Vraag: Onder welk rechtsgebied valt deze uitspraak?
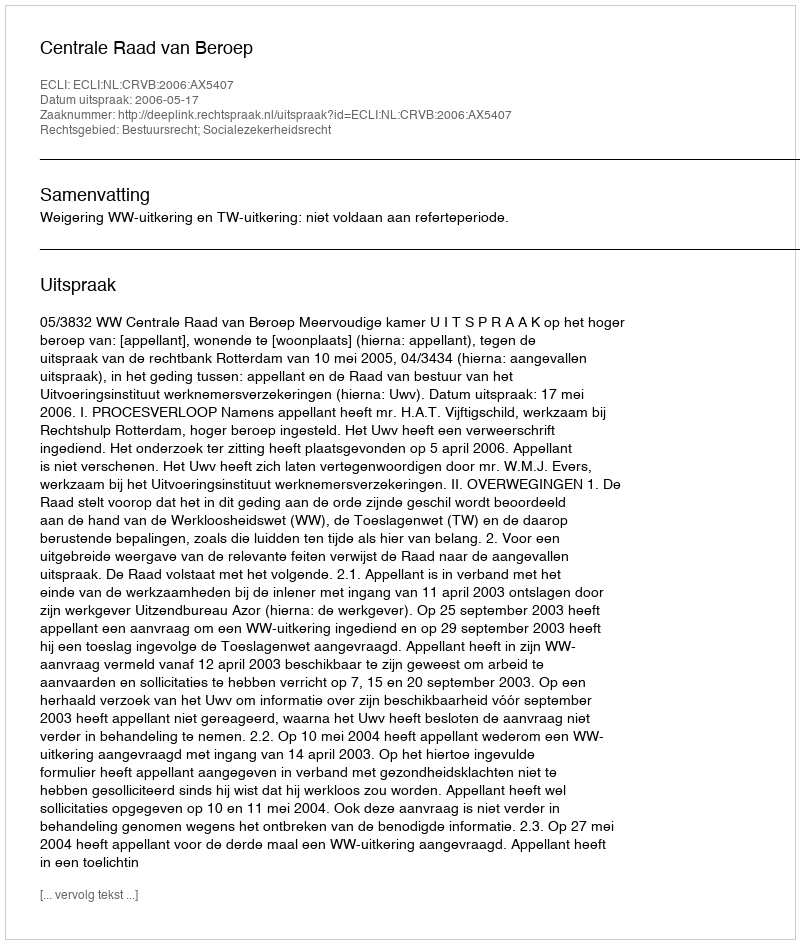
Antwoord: Bestuursrecht; Socialezekerheidsrecht